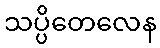
သပ္ပိတေလေန